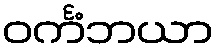
ဝင်္ကံဘယာ